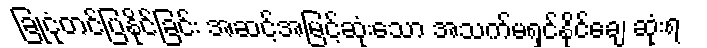
ခြုံငုံတင်ပြနိုင်ခြင်း အဆင့်အမြင့်ဆုံးသော အသက်မရှင်နိုင်ချေ ဆုံးရ